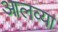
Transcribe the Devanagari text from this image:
आलव्या